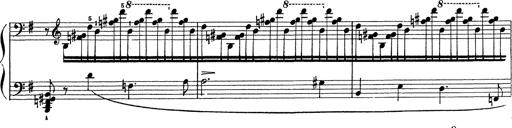
Title: Grosses Konzertsolo
Composer: Franz Liszt